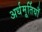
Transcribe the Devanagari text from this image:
अर्धमूर्तियाँ